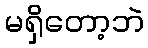
မရှိတော့ဘဲ